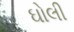
ઘોલી